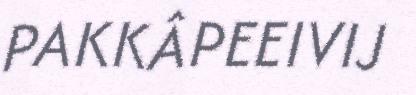
PAKKÂPEEIVIJ